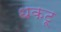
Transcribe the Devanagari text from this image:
धकटू